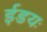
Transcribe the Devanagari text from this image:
ईडयः